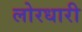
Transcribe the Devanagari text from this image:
लोरधारी